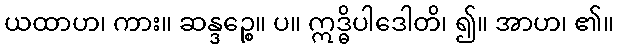
ယထာဟ၊ ကား။ ဆန္ဒဉ္စေ။ ပ။ ဣဒ္ဓိပါဒေါတိ၊ ၍။ အာဟ၊ ၏။